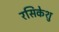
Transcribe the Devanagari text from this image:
रसिकेशु